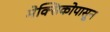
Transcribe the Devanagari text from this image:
मेक्सिकोपासून